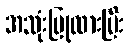
အသုံးပြုထားပြီး